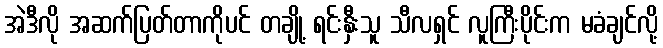
အဲဒီလို အဆက်ပြတ်တာကိုပင် တချို့ ရင်းနှီးသူ သီလရှင် လူကြီးပိုင်းက မခံချင်လို့